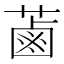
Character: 蓾